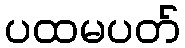
ပထမပတ်